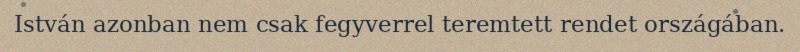
István azonban nem csak fegyverrel teremtett rendet országában.